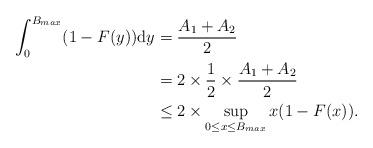
LaTeX: \begin{align*}\int_{0}^{B_{max}}(1-F(y)) \mathrm{d}y &= \frac{A_1 +A_2}{2}\\ & = 2\times\frac{1}{2}\times\frac{A_1 +A_2}{2}\\ &\leq 2\times {\sup_{0\leq x \leq B_{max}}{x (1-F(x))}}.\end{align*}